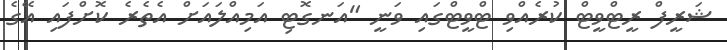
ޝަރީފް ރީޓްވީޓް ކުރެއްވި ޓްވީޓްގައި ވަނީ "އަނގޮޓި އަމިއްލައަށް އެތެރެ ކޮށްފައި އޭގެ